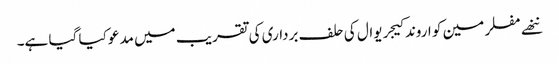
ننھے مفلر مین کو اروند کیجریوال کی حلف برداری کی تقریب میں مدعو کیا گیا ہے۔